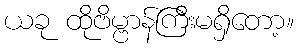
ယခု ထိုဗိမ္ဗာန်ကြီးမရှိတော့။